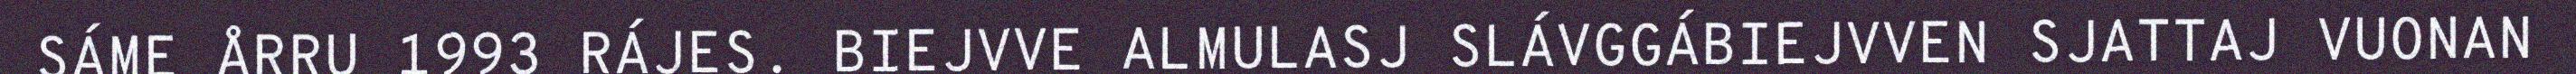
SÁME ÅRRU 1993 RÁJES. BIEJVVE ALMULASJ SLÁVGGÁBIEJVVEN SJATTAJ VUONAN